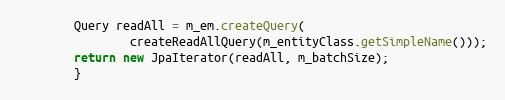
Language: Java
        Query readAll = m_em.createQuery(
                createReadAllQuery(m_entityClass.getSimpleName()));
        return new JpaIterator(readAll, m_batchSize);
        }